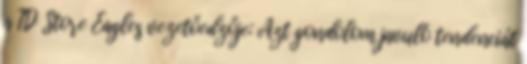
a TD Store Eagles vezetőedzője: Azt gondolom javuló tendenciát